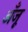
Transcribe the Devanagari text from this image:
अँजू